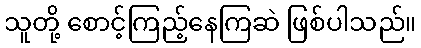
သူတို့ စောင့်ကြည့်နေကြဆဲ ဖြစ်ပါသည်။